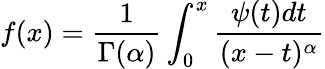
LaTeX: f(x)={\frac{1}{\Gamma(\alpha)}}\int_{0}^{x}{\frac{\psi(t)dt}{(x-t)^{\alpha}}}